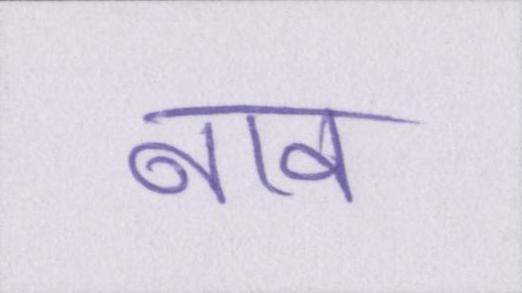
नाव